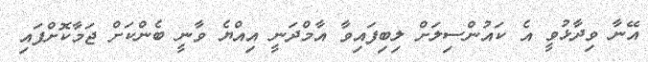
އޭނާ ވިދާޅުވީ އެ ކައުންސިލަށް ލިބިފައިވާ އާމްދަނީ އިއްޔެ ވާނީ ބެންކަށް ޖަމާކޮށްފައި